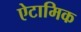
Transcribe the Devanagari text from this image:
ऐटामिक